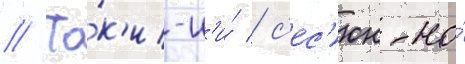
// То́к'и-н'и́ / с'ес'юн-но́